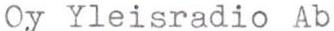
Oy Yleisradio Ab